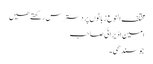
مختلف النوع زبانوں پر دسترس رکھتے ھیں
امین اڈیرائی صاحب
جو سندھی۔